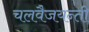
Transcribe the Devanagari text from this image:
चलवैजयन्ती